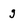
Character: g